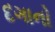
દગાનો